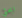
ابحثي